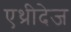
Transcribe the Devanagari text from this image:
एथ्रीदेज